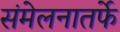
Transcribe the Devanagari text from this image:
संमेलनातर्फे